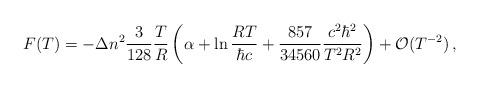
LaTeX: \begin{align*}F(T)=-\Delta n^2\frac{3 }{128}\frac{T}{R}\left (\alpha + \ln\frac{RT}{\hbar c} +\frac{857}{34560} \frac{c^2\hbar^2}{T^2R^2}\right )+{\cal O}(T^{-2})\,{,}\end{align*}